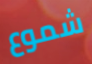
شموع